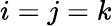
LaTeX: i=j=k